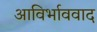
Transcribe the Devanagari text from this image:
आविर्भाववाद